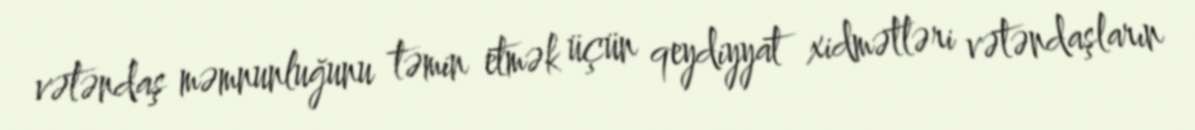
vətəndaş məmnunluğunu təmin etmək üçün qeydiyyat xidmətləri vətəndaşların